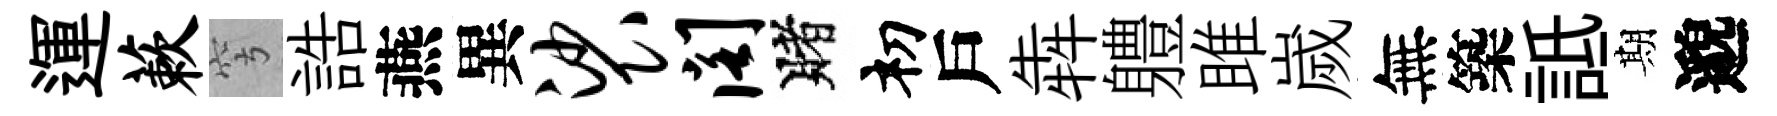
運蔌穹誥燕異裟阁賭𥘉戶犇軆雎嵗無築詆期邈